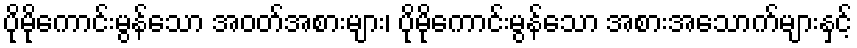
ပိုမိုကောင်းမွန်သော အဝတ်အစားများ၊ ပိုမိုကောင်းမွန်သော အစားအသောက်များနှင့်